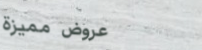
عروض مميزة